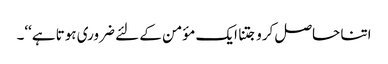
اتنا حاصل کرو جتنا ایک مؤمن کے لئے ضروری ہوتا ہے‘‘۔